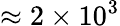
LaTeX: \approx 2\times 10^{3}